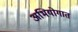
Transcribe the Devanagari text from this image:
अभियोगात